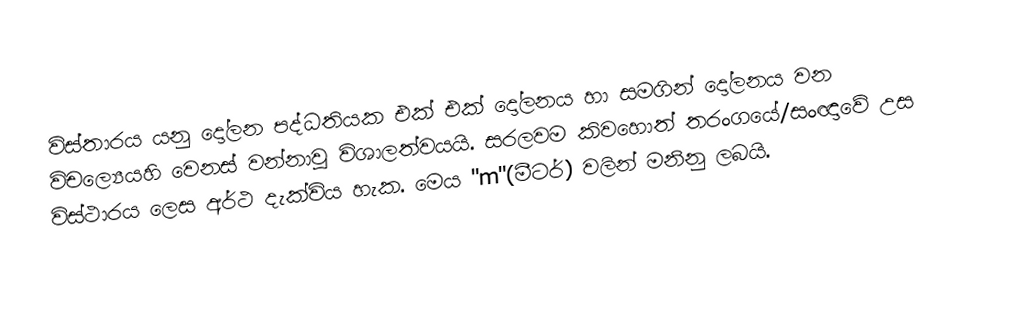
විස්තාරය යනු  දෝලන පද්ධතියක එක් එක්  දෝලනය හා සමගින් දෝලනය වන විචල්‍යෙයහි  වෙනස් වන්නාවූ විශාලත්වයයි. සරලවම කිවහොත් තරංගයේ/සංඥාවේ උස විස්ථාරය ලෙස අර්ථ දැක්විය හැක. මෙය "m"(මීටර්) වලින් මනිනු ලබයි.